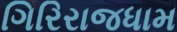
ગિરિરાજધામ